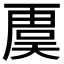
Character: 𮓥